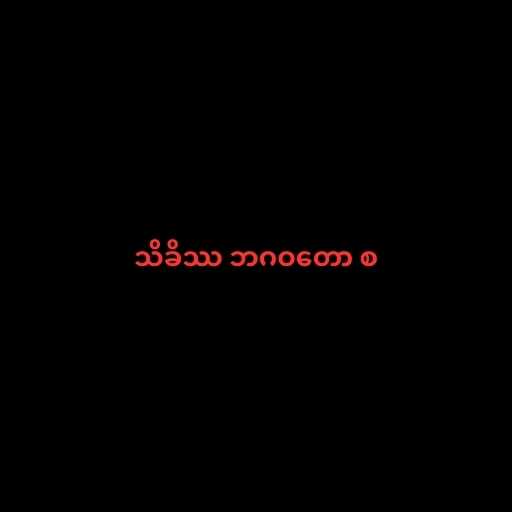
သိခိဿ ဘဂဝတော စ